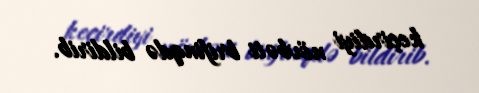
keçirdiyi növbəti brifinqdə bildirib.